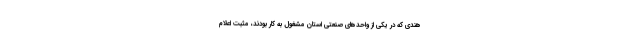
هندی که در یکی از واحدهای صنعتی استان مشغول به کار بودند، مثبت اعلام